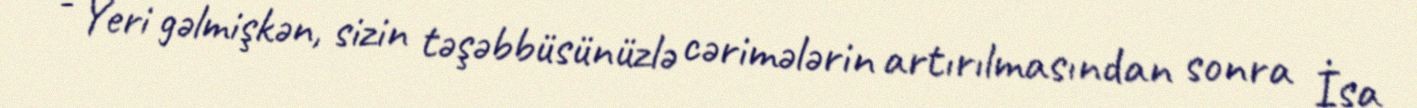
- Yeri gəlmişkən, sizin təşəbbüsünüzlə cərimələrin artırılmasından sonra İsa